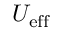
U _ { \mathrm { e f f } }